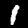
Label: 1